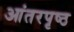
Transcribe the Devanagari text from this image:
आंतरपृष्ठ